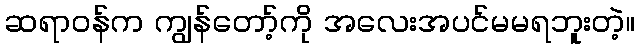
ဆရာဝန်က ကျွန်တော့်ကို အလေးအပင်မမရဘူးတဲ့။